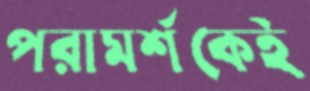
পরামর্শকেই